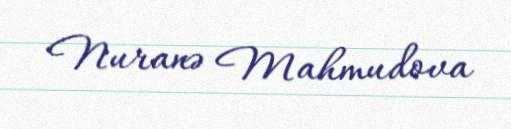
Nuranə Mahmudova